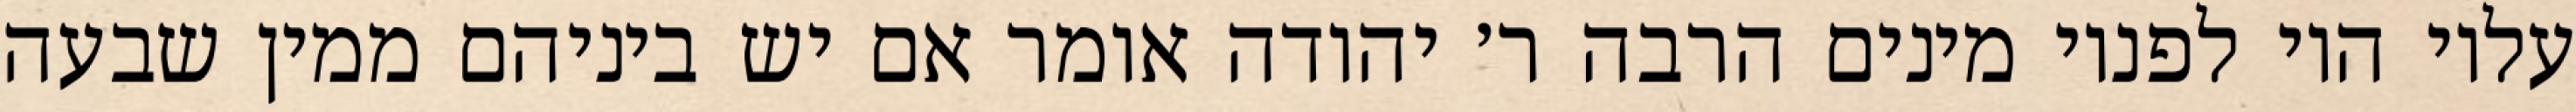
עליו היו לפניו מינים הרבה ר׳ יהודה אומר אם יש ביניהם ממין שבעה